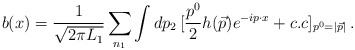
\begin{align*}b(x) = {1 \over \sqrt {2\pi L_1}}\sum_{n_1 } \int d p_2\,[{p^0 \over 2 } h(\vec p) e^{-ip\cdot x}+ c.c]_{p^0 = |\vec p|}\,.\end{align*}